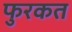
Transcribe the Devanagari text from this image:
फुरकत